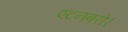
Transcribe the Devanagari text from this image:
एटनबरो।